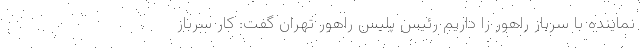
نماینده با سرباز راهور را داریم رئیس پلیس راهور تهران گفت: کار سرباز